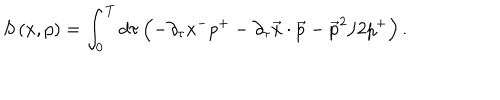
LaTeX: S \left( x , p \right) = \int _ { 0 } ^ { T } d \tau \left( - \partial _ { \tau } x ^ { - } p ^ { + } - \partial _ { \tau } \vec { x } \cdot \vec { p } - \vec { p } ^ { 2 } / 2 p ^ { + } \right) .